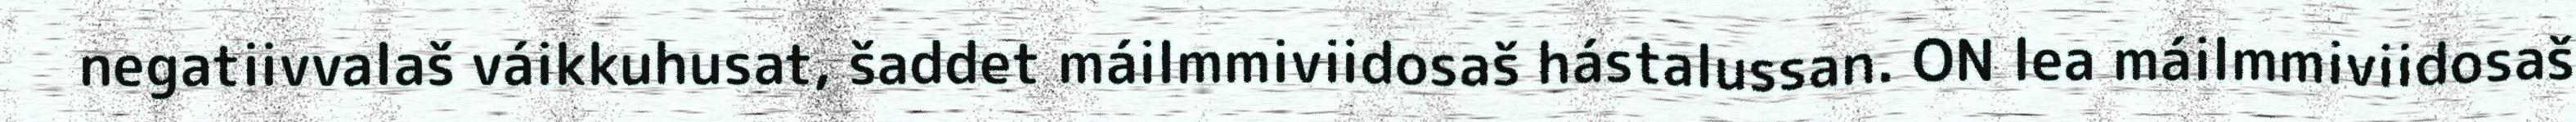
negatiivvalaš váikkuhusat, šaddet máilmmiviidosaš hástalussan. ON lea máilmmiviidosaš